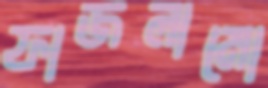
ফাজলামো